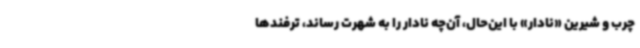
چرب و شیرین «نادار» با این‌حال، آن‌چه نادار را به شهرت رساند، ترفندها